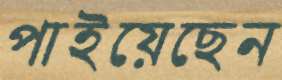
পাইয়েছেন